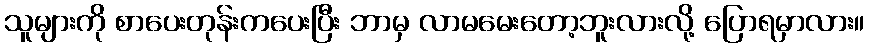
သူများကို စာပေးတုန်းကပေးပြီး ဘာမှ လာမမေးတော့ဘူးလားလို့ ပြောရမှာလား။